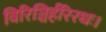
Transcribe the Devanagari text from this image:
विरिञ्चिर्हरिरधः।